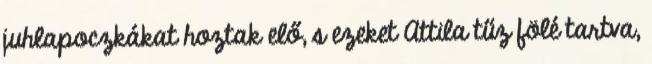
juhlapoczkákat hoztak elő, s ezeket Attila tűz fölé tartva,